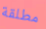
مطلقة